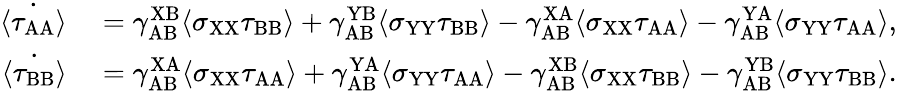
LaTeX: \begin{array}{rl}{\dot{\langle\tau_{\mathrm{AA}}\rangle}}&{{}=\gamma_{\mathrm{AB}}^{\mathrm{XB}}\langle\sigma_{\mathrm{XX}}\tau_{\mathrm{BB}}\rangle+\gamma_{\mathrm{AB}}^{\mathrm{YB}}\langle\sigma_{\mathrm{YY}}\tau_{\mathrm{BB}}\rangle-\gamma_{\mathrm{AB}}^{\mathrm{XA}}\langle\sigma_{\mathrm{XX}}\tau_{\mathrm{AA}}\rangle-\gamma_{\mathrm{AB}}^{\mathrm{YA}}\langle\sigma_{\mathrm{YY}}\tau_{\mathrm{AA}}\rangle,}\\ {\dot{\langle\tau_{\mathrm{BB}}\rangle}}&{{}=\gamma_{\mathrm{AB}}^{\mathrm{XA}}\langle\sigma_{\mathrm{XX}}\tau_{\mathrm{AA}}\rangle+\gamma_{\mathrm{AB}}^{\mathrm{YA}}\langle\sigma_{\mathrm{YY}}\tau_{\mathrm{AA}}\rangle-\gamma_{\mathrm{AB}}^{\mathrm{XB}}\langle\sigma_{\mathrm{XX}}\tau_{\mathrm{BB}}\rangle-\gamma_{\mathrm{AB}}^{\mathrm{YB}}\langle\sigma_{\mathrm{YY}}\tau_{\mathrm{BB}}\rangle.}\end{array}